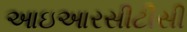
આઇઆરસીટીસી